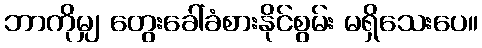
ဘာကိုမျှ တွေးခေါ်ခံစားနိုင်စွမ်း မရှိသေးပေ။